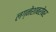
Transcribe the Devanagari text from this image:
लग्नेशाबरोबर